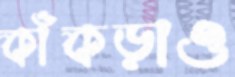
কাঁকড়াও